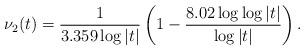
LaTeX: \begin{align*} \nu_2(t) = \frac{1}{3.359\log |t|}\left(1 - \frac{8.02\log\log |t|}{\log |t|}\right).\end{align*}